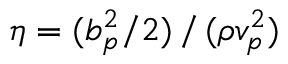
\eta = ( b _ { p } ^ { 2 } / 2 ) \, / \, ( \rho v _ { p } ^ { 2 } )